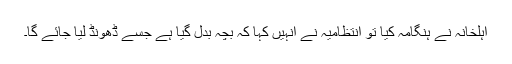
اہلخانہ نے ہنگامہ کیا تو انتظامیہ نے انہیں کہا کہ بچہ بدل گیا ہے جسے ڈھونڈ لیا جائے گا۔